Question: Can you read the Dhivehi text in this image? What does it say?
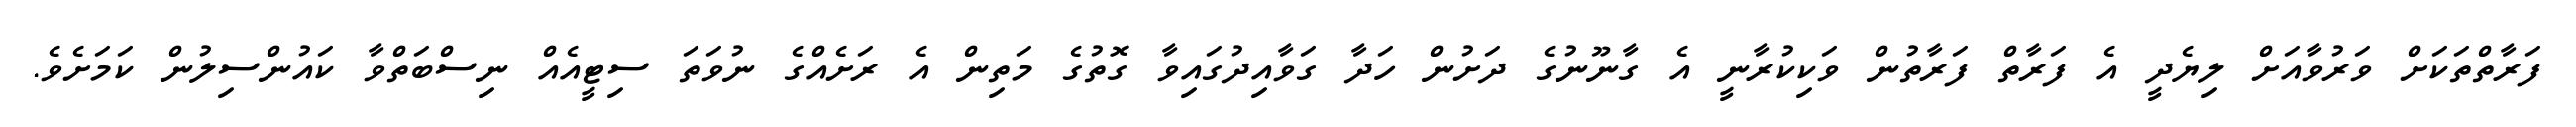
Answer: ފަރާތްތަކަށް ވަރުވާއަށް ލިޔެދީ އެ ފަރާތް ފަރާތުން ވަކިކުރާނީ އެ ގާނޫނުގެ ދަށުން ހަދާ ގަވާއިދުގައިވާ ގޮތުގެ މަތިން އެ ރަށެއްގެ ނުވަތަ ސިޓީއެއް ނިސްބަތްވާ ކައުންސިލުން ކަމަށެވެ.